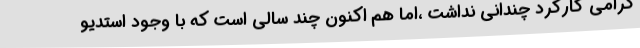
گرامی کارکرد چندانی نداشت ،اما هم اکنون چند سالی است که با وجود استدیو